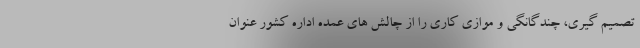
تصمیم گیری، چندگانگی و موازی کاری را از چالش های عمده اداره کشور عنوان